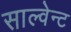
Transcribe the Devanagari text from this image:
साल्वेन्ट